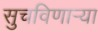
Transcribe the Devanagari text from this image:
सुचविणाऱ्या